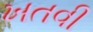
ખતવી